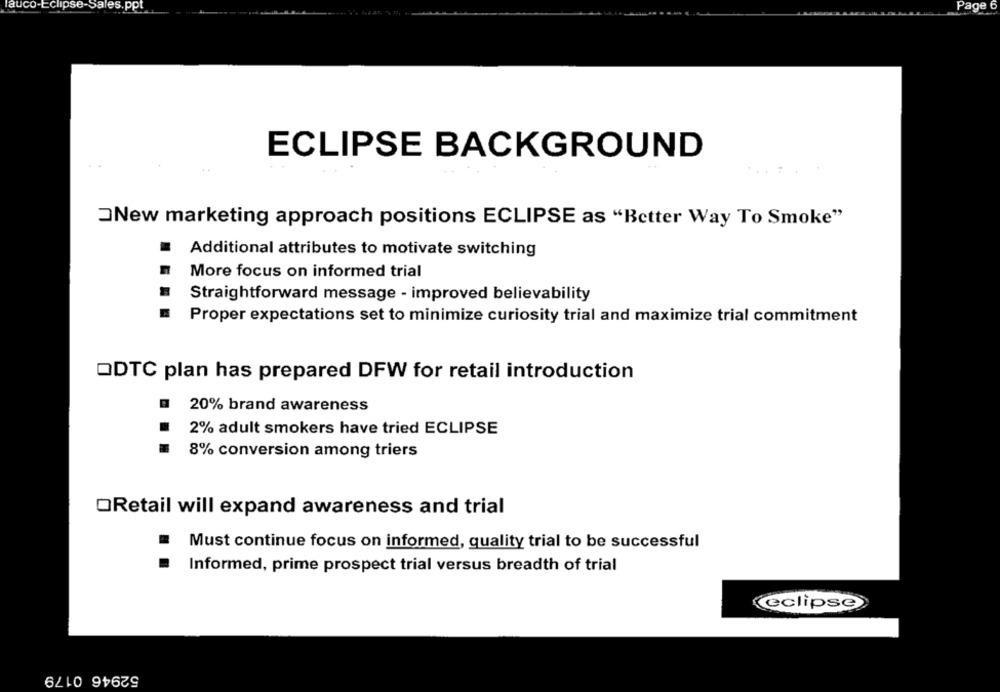
auco-Eclipse-Sales.ppt
Page
ECLIPSE BACKGROUND
New marketing approach positions ECLIPSE as "Better Way To Smoke"
.
Additional attributes to motivate switching
More focus on informed trial
Straightforward message - improved believability
Proper expectations set to minimize curiosity trial and maximize trial commitment
ODTC plan has prepared DFW for retail introduction
20% brand awareness
2% adult smokers have tried ECLIPSE
8% conversion among triers
ORetail will expand awareness and trial
Must continue focus on informed, quality trial to be successful
Informed, prime prospect trial versus breadth of trial
(eclipse
52946 0179